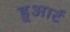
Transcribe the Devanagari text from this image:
डु्आर्ट